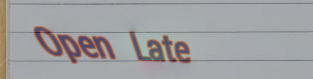
Open Late